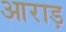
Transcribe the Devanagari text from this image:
आराड़